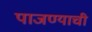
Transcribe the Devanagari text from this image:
पाजण्याची